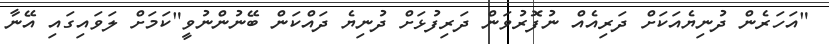
"އަހަރެން ދުނިޔެއަކަށް ދަރިއެއް ނުފޮރުވަން ދަރިފުޅަށް ދުނިޔެ ދައްކަން ބޭނުންނުވީ"ކަމަށް ލަވައިގައި އޭނާ